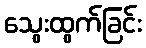
သွေးထွက်ခြင်း